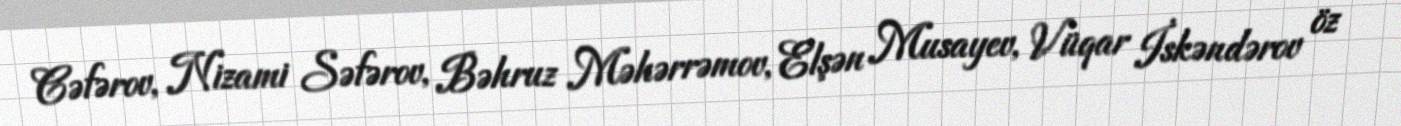
Cəfərov, Nizami Səfərov, Bəhruz Məhərrəmov, Elşən Musayev, Vüqar İskəndərov öz